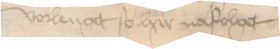
vorlenget so hir nafolget